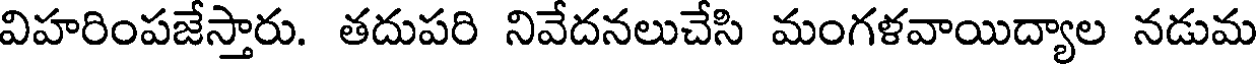
విహరింపజేస్తారు. తదుపరి నివేదనలుచేసి మంగళవాయిద్యాల నడుమ